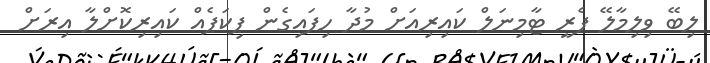
ލިބޭ ވިލިމާލޭ ފެރީ ޓާމިނަލް ކައިރިއަށް މުދާ ހިފައިގެން ޕިކަޕެއް ކައިރިކޮށްލާ އިރަށް